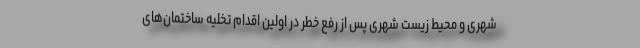
شهری و محیط زیست شهری پس از رفع خطر در اولین اقدام تخلیه ساختمان‌های